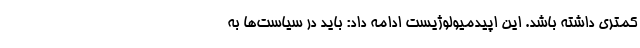
کمتری داشته باشد. این اپیدمیولوژیست ادامه داد: باید در سیاست‌ها به